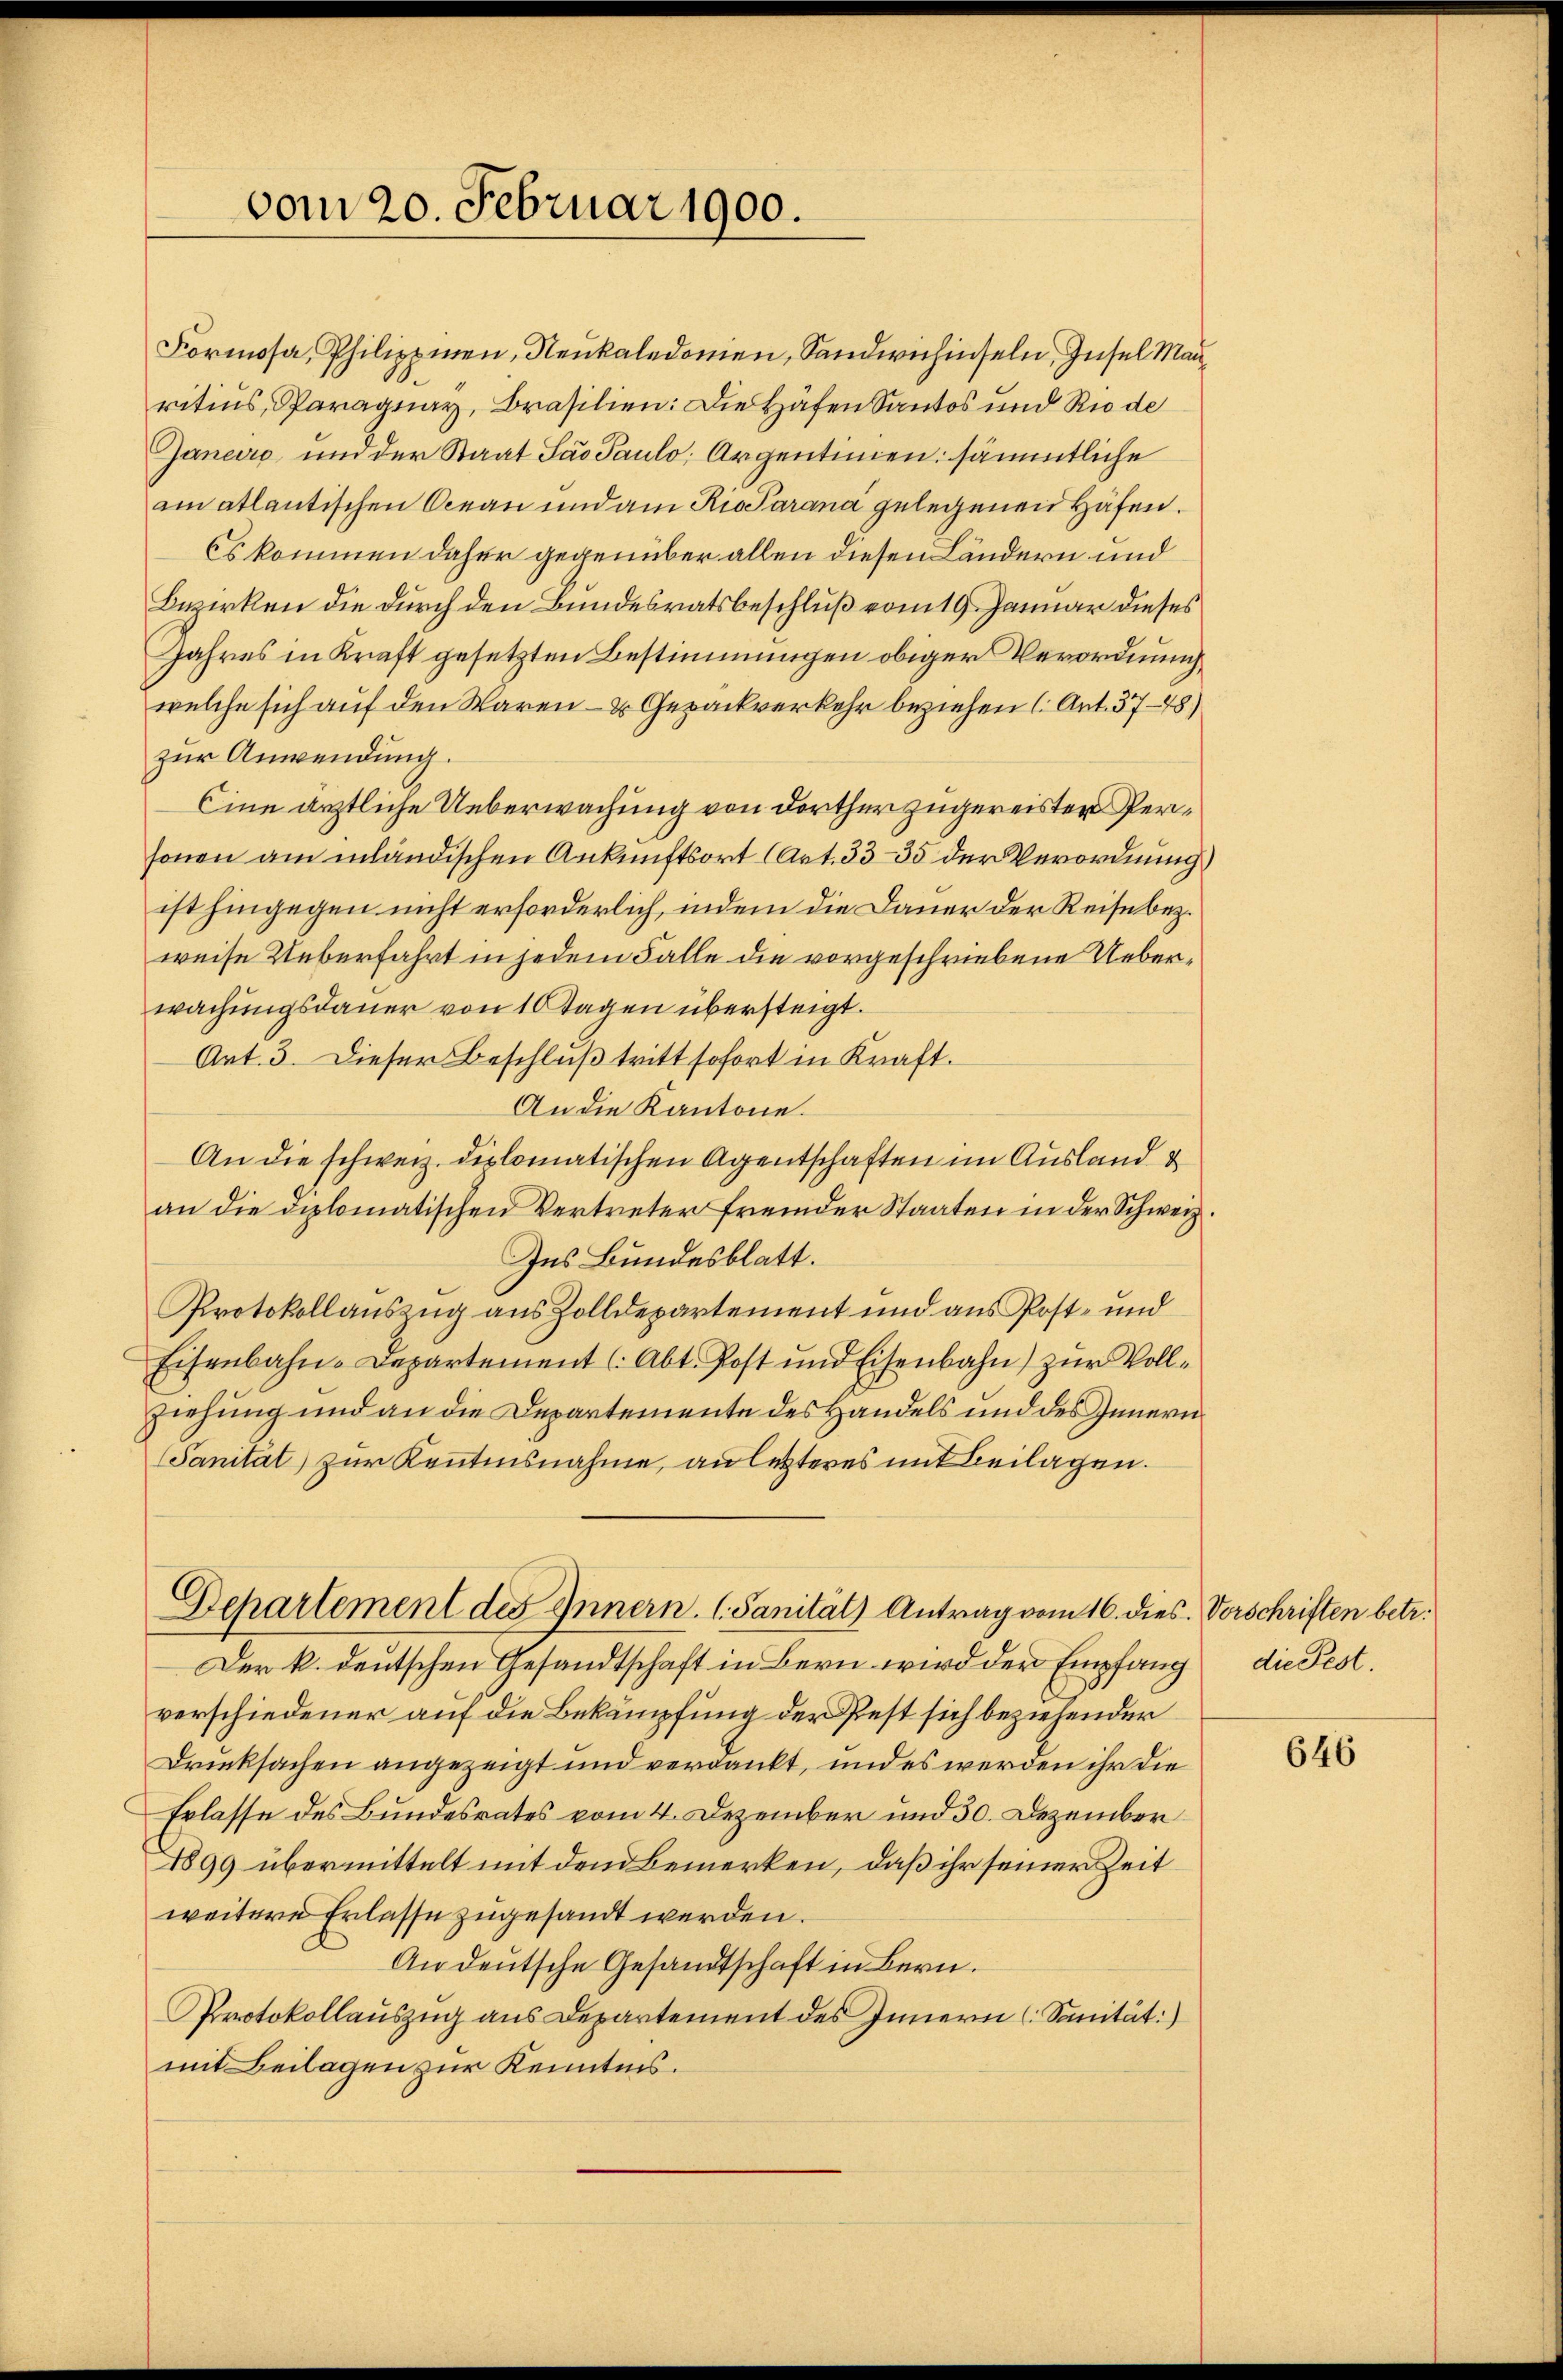
vom 20. Februar 1900.

Formosa, Philippinen, Neukaledonien, Sandwichiseln, Insel Manritius, Paraguay, Brasilien: Die Häfen Santos und Rio de
Janeiro, und der Staat Sao Paulo; Argentinien sämmtliche
am atlantischen Beau und am Rio darana gelegenen Häfen.
Es kommen daher gegenüber allen diesen Ländern und
Bezirken die durch den Bundesratsbeschluß vom 19. Januar dieses
Jahres in Kraft gesetzten Bestimmungen obiger Verordnung
welche sich auf den Waren- & Gepäckverkehr beziehen (Art. 3748)
zur Anwendung.
Eine ärztliche Ueberwachung von dorther zugereister Personen am inländischen Ankunftsort (Art. 33-35 der Verordnung,
ist hingegen nicht erforderlich, indem die Dauer der Reisebez.
weise Ueberfahrt in jedem Falle die vorgeschriebene Ueberwachungsdauer von 10 Tagen übersteigt.
Art. 3. Dieser Beschlŭβ tritt sofort in Kraft.
An die Kantone.
An die schweiz. diplomatischen Agentschaften im Ausland d
an die diplomatischen Vertreter fremder Staaten in der Schweiz.
Ins Bundesblatt.
Protokollauszug aus Zolldepartement und aus Post- und
Eisenbahn-Departement (Abt. Post und Eisenbahn) zur Vollziehung und an die Departemente des Handels und des Innern
Sanität zur Kenntnisnahme, an letzteres mit Beilagen.
Departement des Innern. (Sanität) Antrag vom 16. dies. Vorschriften betr.
Der k. deutschen Gesandtschaft in Bern wird der Empfang
verschiedener auf die Bekämpfung der Pest sich beziehender
Drucksachen angezeigt und verdankt, und es werden ihr die
Erlasse des Bundesrates vom 4. Dezember und 30. Dezember
1899 übermittelt mit den Bemerken, daß ihr seiner Zeit
weitere Erlasse zugesandt werden.
Andeutsche Gesandtschaft in Bern.
Prrotokollauszug aus Departement des Innern (Sanität:)
mit Beilagen zur Kenntnis.

die Fest.

646